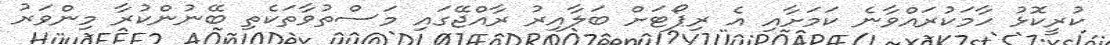
ކުރީކޮޅު ހާމަކުރައްވާނެ ކަމަށާއި އެ ރިޕޯޓަށް ބަލާއިރު ރާއްޖޭގައި މަސްތުވާތަކެތި ބޭނުންކުރާ މިންވަރު